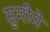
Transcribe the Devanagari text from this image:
सुमीमे